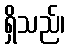
ရှိသည်၊